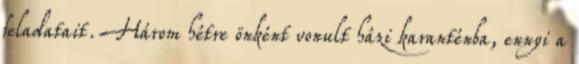
feladatait. Három hétre önként vonult házi karanténba, ennyi a